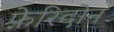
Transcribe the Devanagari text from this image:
फ़ेरिदोन